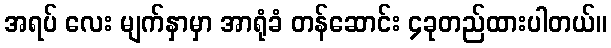
အရပ် လေး မျက်နှာမှာ အာရုံခံ တန်ဆောင်း ၄ခုတည်ထားပါတယ်။